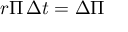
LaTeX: r \Pi \, \Delta t = \Delta \Pi